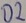
Text: D2